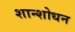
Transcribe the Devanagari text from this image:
शान्शोधन